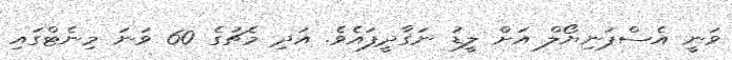
ވަނީ އެސްޕަނިޔޯލް އަށް ލީޑު ނަގާދީފައެވެ. އަދި މެޗުގެ 60 ވަނަ މިނެޓްގައި